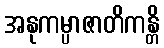
အနုကမ္ပာဇာတိကန္တိ